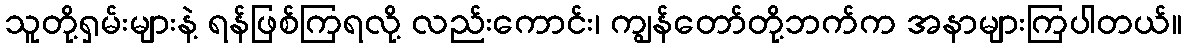
သူတို့ရှမ်းများနဲ့ ရန်ဖြစ်ကြရလို့ လည်းကောင်း၊ ကျွန်တော်တို့ဘက်က အနာများကြပါတယ်။